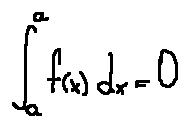
\int \limits _ { a } ^ { a } f ( x ) d x = 0